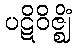
ပဋိဝိဇ္ဈိံ